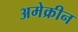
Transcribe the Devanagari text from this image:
अमेक्रीन